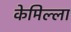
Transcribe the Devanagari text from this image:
केमिल्ला